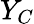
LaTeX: Y_{C}